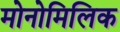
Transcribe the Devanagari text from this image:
मोनोमिलिक